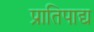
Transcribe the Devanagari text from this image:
प्रातिपाद्य